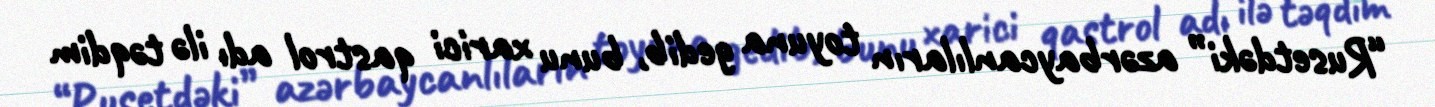
“Rusetdəki” azərbaycanlıların toyuna gedib, bunu xarici qastrol adı ilə təqdim